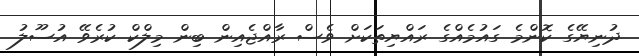
ދުނިޔޭގެ ކޮންމެ ގައުމެއްގެ ރައްޔިތަކަށް ވެސް ރާއްޖެއިން ބިން މިލްކް ކުރެވޭ އުސޫލު